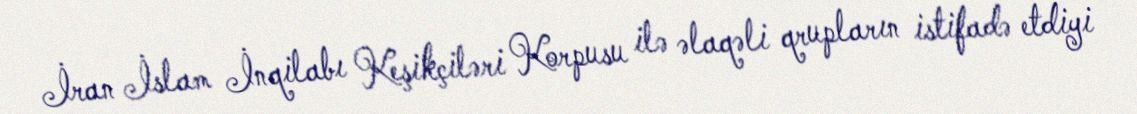
İran İslam İnqilabı Keşikçiləri Korpusu ilə əlaqəli qrupların istifadə etdiyi